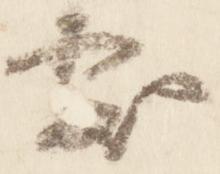
処